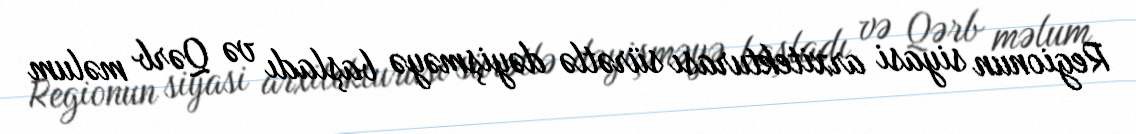
Regionun siyasi arxitekturası sürətlə dəyişməyə başladı və Qərb məlum